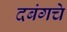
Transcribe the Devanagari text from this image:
दबंगचे